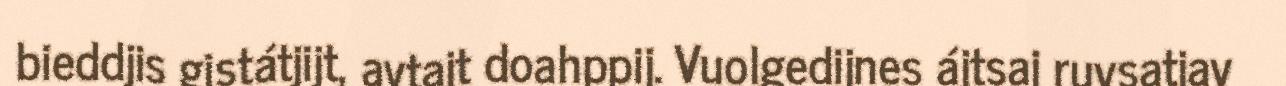
bieddjis gistátjijt, avtajt doahppij. Vuolgedijnes ájtsaj ruvsatjav